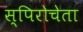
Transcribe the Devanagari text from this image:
स्पिरोचेता